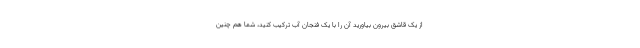
از یک قاشق بیرون بیاورید آن را با یک فنجان آب ترکیب کنید، شما هم چنین